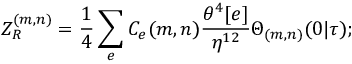
Z _ { R } ^ { ( m , n ) } = \frac { 1 } { 4 } \sum _ { e } C _ { e } ( m , n ) \frac { \theta ^ { 4 } [ e ] } { \eta ^ { 1 2 } } \Theta _ { ( m , n ) } ( 0 | \tau ) ;